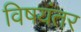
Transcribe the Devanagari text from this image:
विषयंतर